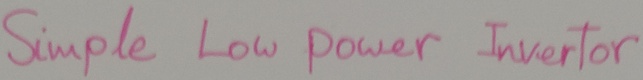
Text: Simple Low power Invertor